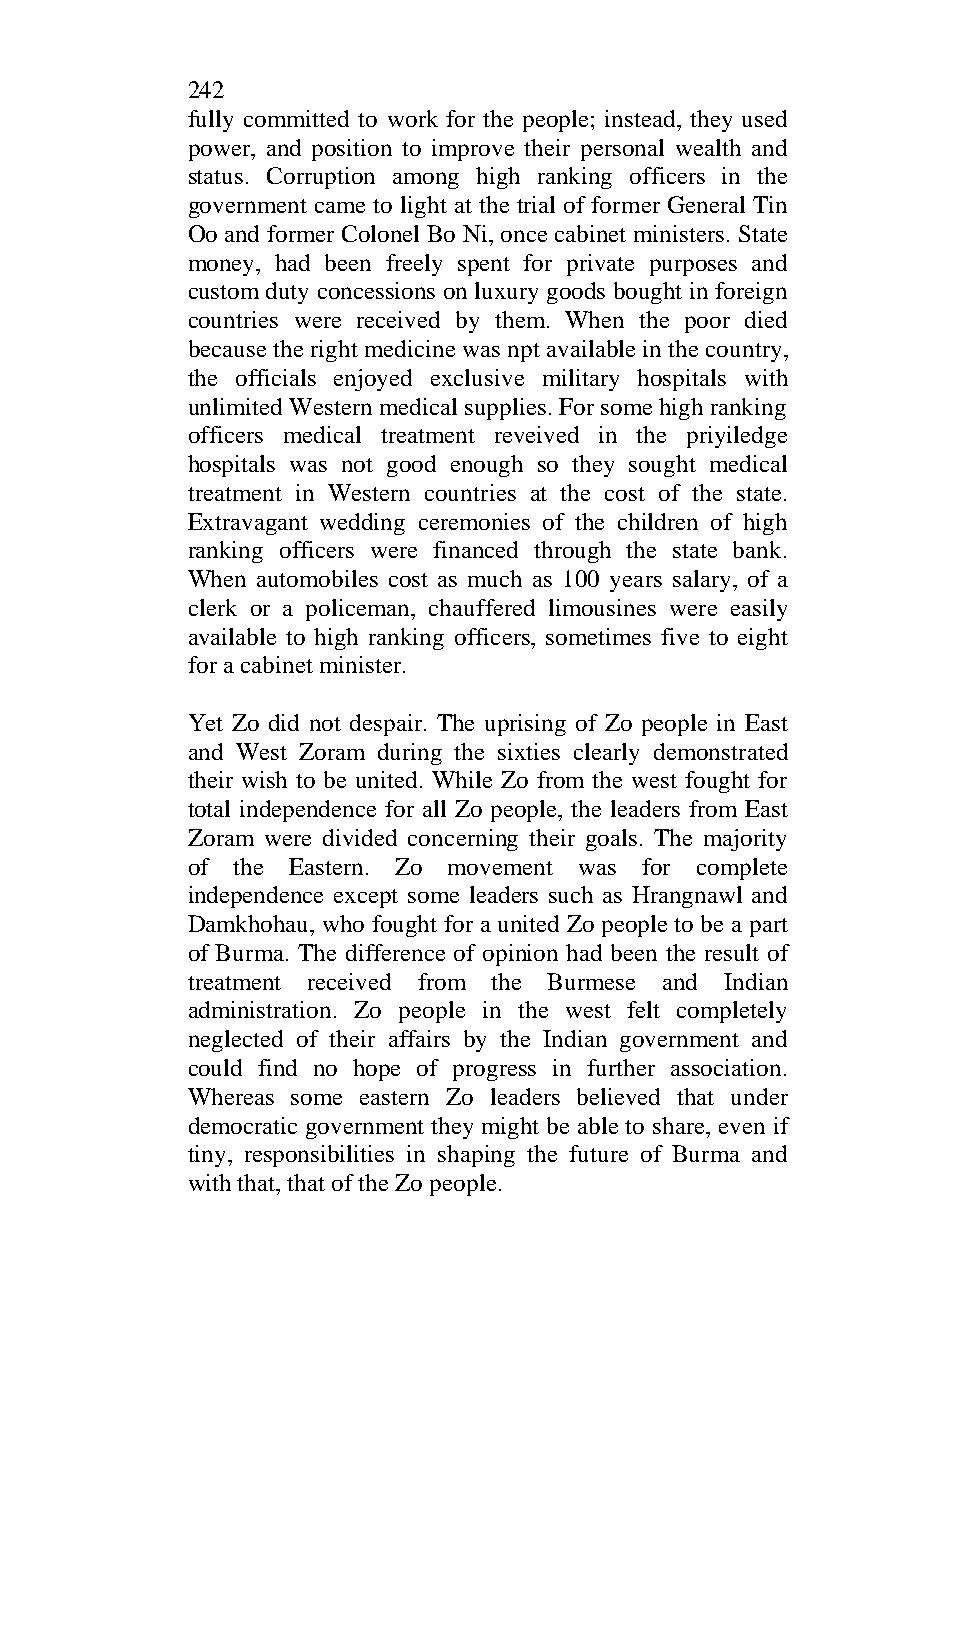
242
 fully committed to work for the people; instead, they used
 power, and position to improve their personal wealth and
 status. Corruption among high ranking officers in the
 government came to light at the trial of former General Tin
 Oo and former Colonel Bo Ni, once cabinet ministers. State
 money, had been freely spent for private purposes and
 custom duty concessions on luxury goods bought in foreign
 countries were received by them. When the poor died
 because the right medicine was npt available in the country,
 the officials enjoyed exclusive military hospitals with
 unlimited Western medical supplies. For some high ranking
 officers medical treatment reveived in the priyiledge
 hospitals was not good enough so they sought medical
 treatment in Western countries at the cost of the state.
 Extravagant wedding ceremonies of the children of high
 ranking officers were financed through the state bank.
 When automobiles cost as much as 100 years salary, of a
 clerk or a policeman, chauffered limousines were easily
 available to high ranking officers, sometimes five to eight
 for a cabinet minister.
 Yet Zo did not despair. The uprising of Zo people in East
 and West Zoram during the sixties clearly demonstrated
 their wish to be united. While Zo from the west fought for
 total independence for all Zo people, the leaders from East
 Zoram were divided concerning their goals. The majority
 of the Eastern. Zo movement was for complete
 independence except some leaders such as Hrangnawl and
 Damkhohau, who fought for a united Zo people to be a part
 of Burma. The difference of opinion had been the result of
 treatment received from the Burmese and Indian
 administration. Zo people in the west felt completely
 neglected of their affairs by the Indian government and
 could find no hope of progress in further association.
 Whereas some eastern Zo leaders believed that under
 democratic government they might be able to share, even if
 tiny, responsibilities in shaping the future of Burma and
 with that, that of the Zo people.